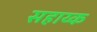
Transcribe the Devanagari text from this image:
सहाय्क